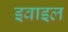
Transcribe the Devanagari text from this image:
इवाइल